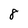
Character: 8